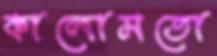
কালোমতো